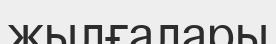
жылғалары